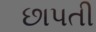
છાપતી